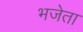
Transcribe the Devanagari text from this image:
भजेता